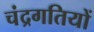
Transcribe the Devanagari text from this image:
चंद्रगतियों